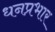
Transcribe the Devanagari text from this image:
धनप्रभार